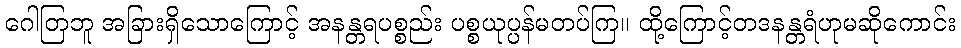
ဂေါတြဘူ အခြားရှိသောကြောင့် အနန္တရပစ္စည်း ပစ္စယုပ္ပန်မတပ်ကြ။ ထို့ကြောင့်တဒနန္တရံဟုမဆိုကောင်း